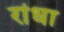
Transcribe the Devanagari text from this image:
रांधा